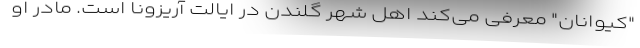
"کیواِنان" معرفی می‌کند اهل شهر گلندن در ایالت آریزونا است. مادر او